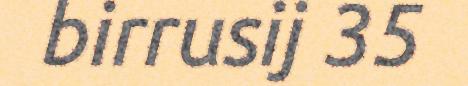
birrusij 35